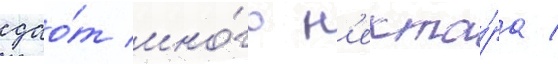
дао́т мно́го н'екта́ра /